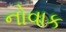
નોવાક